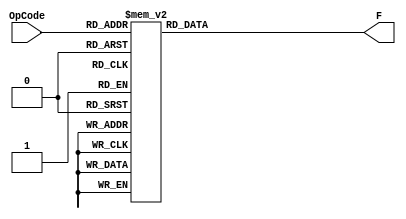
module instructionDecoder_Behavioral(
	output [13:0] F,
	input [3:0] OpCode);
    
   reg [13:0] F;
   wire [3:0] OpCode;
   wire NOT_Op0, NOT_Op1, NOT_Op2, NOT_Op3;
    
	// Begin the case check when a new OpCode has been inputted
	// These case values are from the devised Truth Table
   always @ (OpCode)
	begin
		case (OpCode)
			4'b0000 : F = 14'b00_0000_0000_0001;
			4'b0001 : F = 14'b00_0000_0000_0010;
			4'b0010 : F = 14'b00_0000_0000_0100;
			4'b0011 : F = 14'b00_0000_0000_1000;
			4'b0100 : F = 14'b00_0000_0001_0000;
			4'b0101 : F = 14'b00_0000_0010_0000;
			4'b0110 : F = 14'b00_0000_0100_0000;
			4'b0111 : F = 14'b00_0000_1000_0000;
			4'b1000 : F = 14'b00_0001_0000_0000;
			4'b1010 : F = 14'b00_0010_0000_0000;
			4'b1011 : F = 14'b00_0100_0000_0000;
			4'b1100 : F = 14'b00_1000_0000_0000;
			4'b1101 : F = 14'b01_0000_0000_0000;
			4'b1111 : F = 14'b10_0000_0000_0000;
			default : F = 14'b00_0000_0000_0000;
		endcase
	end
    
endmodule